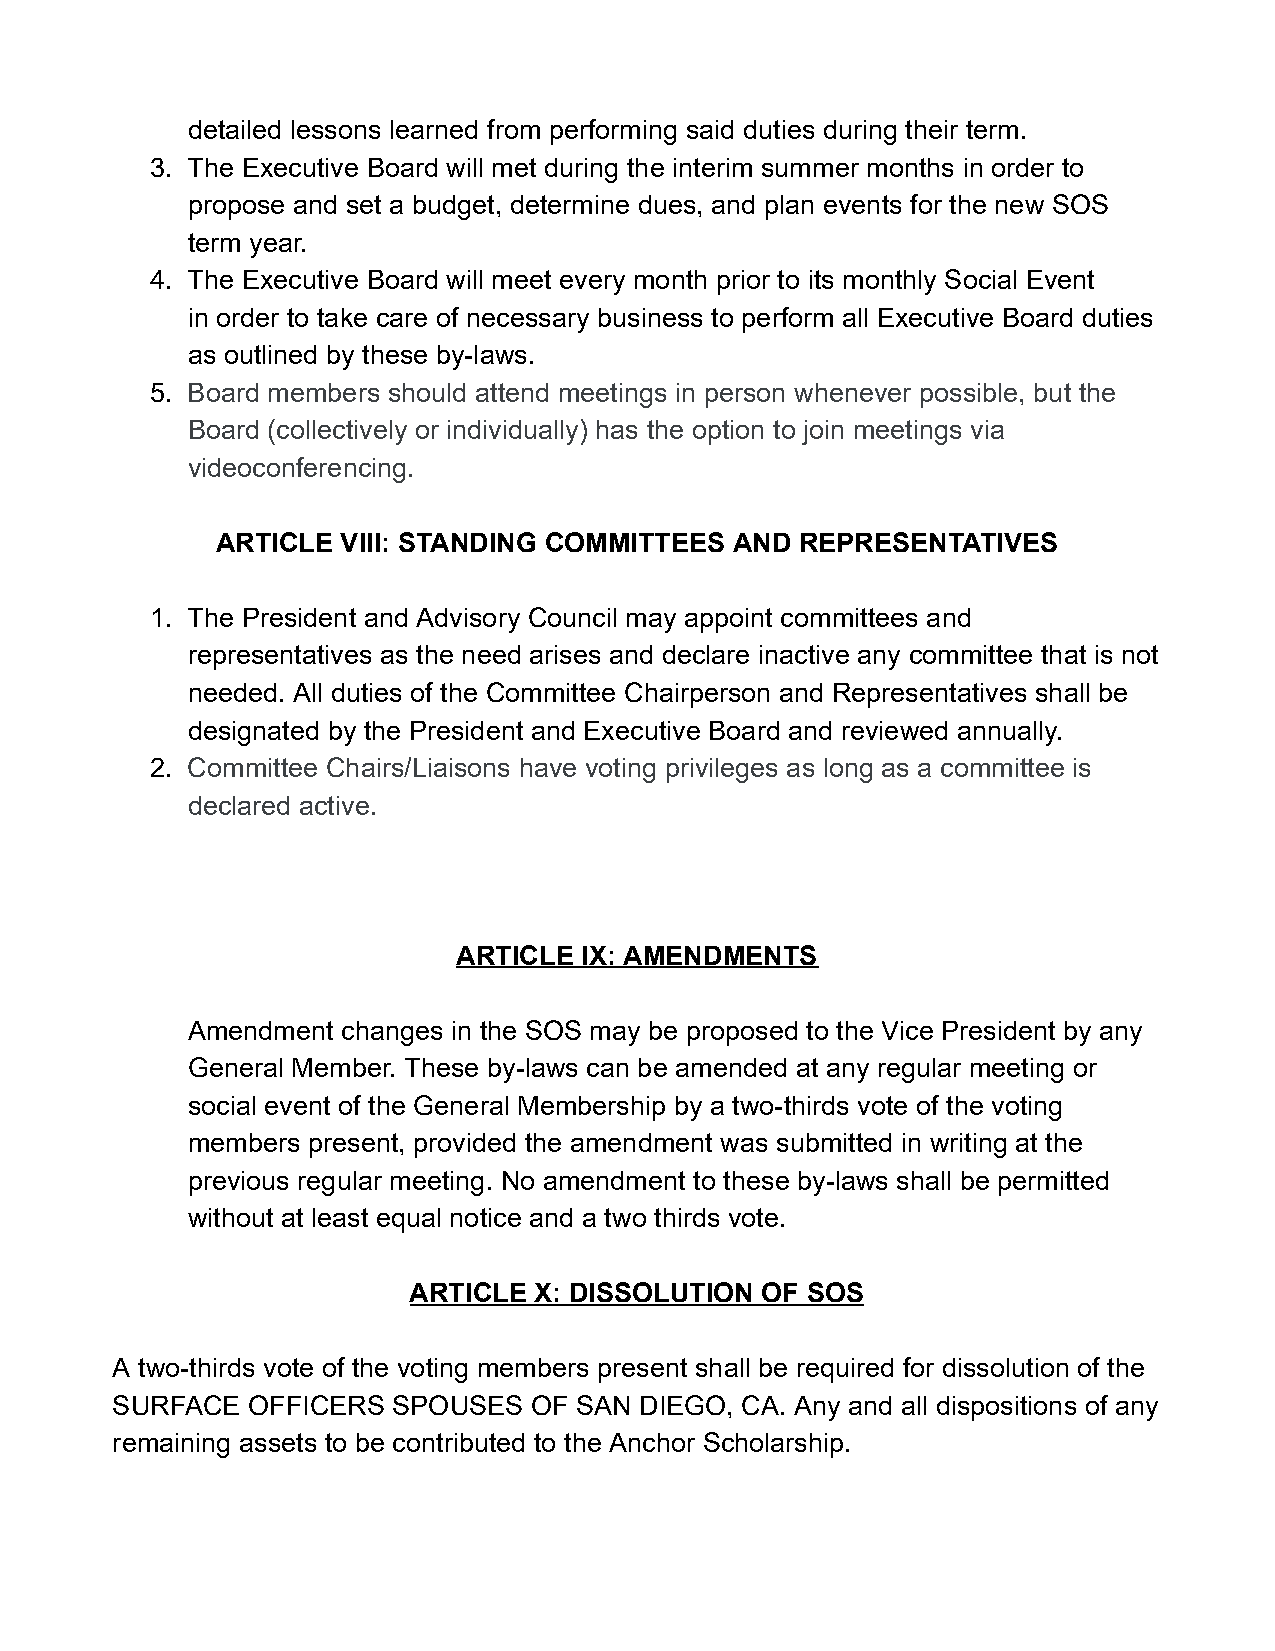
detailed lessons learned from performing said duties during their term.
 3. The Executive Board will met during the interim summer months in order to
 propose and set a budget, determine dues, and plan events for the new SOS
 term year.
 4. The Executive Board will meet every month prior to its monthly Social Event
 in order to take care of necessary business to perform all Executive Board duties
 as outlined by these by-laws.
 5. Board members should attend meetings in person whenever possible, but the
 Board (collectively or individually) has the option to join meetings via
 videoconferencing.
 ARTICLE  VIII: STANDING COMMITTEES AND REPRESENTATIVES
 1. The President and Advisory Council may appoint committees and
 representatives as the need arises and declare inactive any committee that is not
 needed. All duties of the Committee Chairperson and Representatives shall be
 designated by the President and Executive Board and reviewed annually.
 2. Committee Chairs/Liaisons have voting privileges as long as a committee is
 declared active.
 ARTICLE IX: AMENDMENTS
 Amendment  changes in the SOS may be proposed to the Vice President by any
 General Member. These by-laws can be amended at any regular meeting or
 social event of the General Membership by a two-thirds vote of the voting
 members present, provided the amendment was submitted in writing at the
 previous regular meeting. No amendment to these by-laws shall be permitted
 without at least equal notice and a two thirds vote.
 ARTICLE X: DISSOLUTION OF SOS
 A two-thirds vote of the voting members present shall be required for dissolution of the
 SURFACE  OFFICERS  SPOUSES  OF SAN DIEGO, CA. Any and all dispositions of any
 remaining assets to be contributed to the Anchor Scholarship.